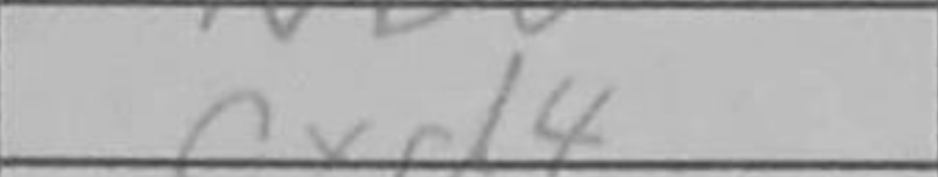
Transcription: cxd4